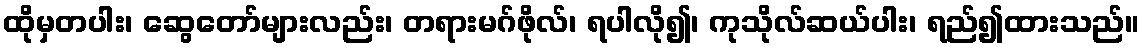
ထိုမှတပါး၊ ဆွေတော်များလည်း၊ တရားမဂ်ဖိုလ်၊ ရပါလို၍၊ ကုသိုလ်ဆယ်ပါး၊ ရည်၍ထားသည်။